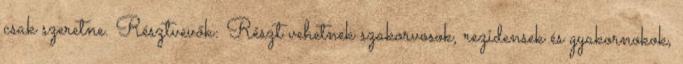
csak szeretne. Résztvevők: Részt vehetnek szakorvosok, rezidensek és gyakornokok,